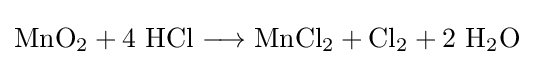
\mathrm {MnO_{2}+4\ HCl\longrightarrow MnCl_{2}+Cl_{2}+2\ H_{2}O}